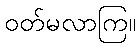
ဝတ်မလာကြ။